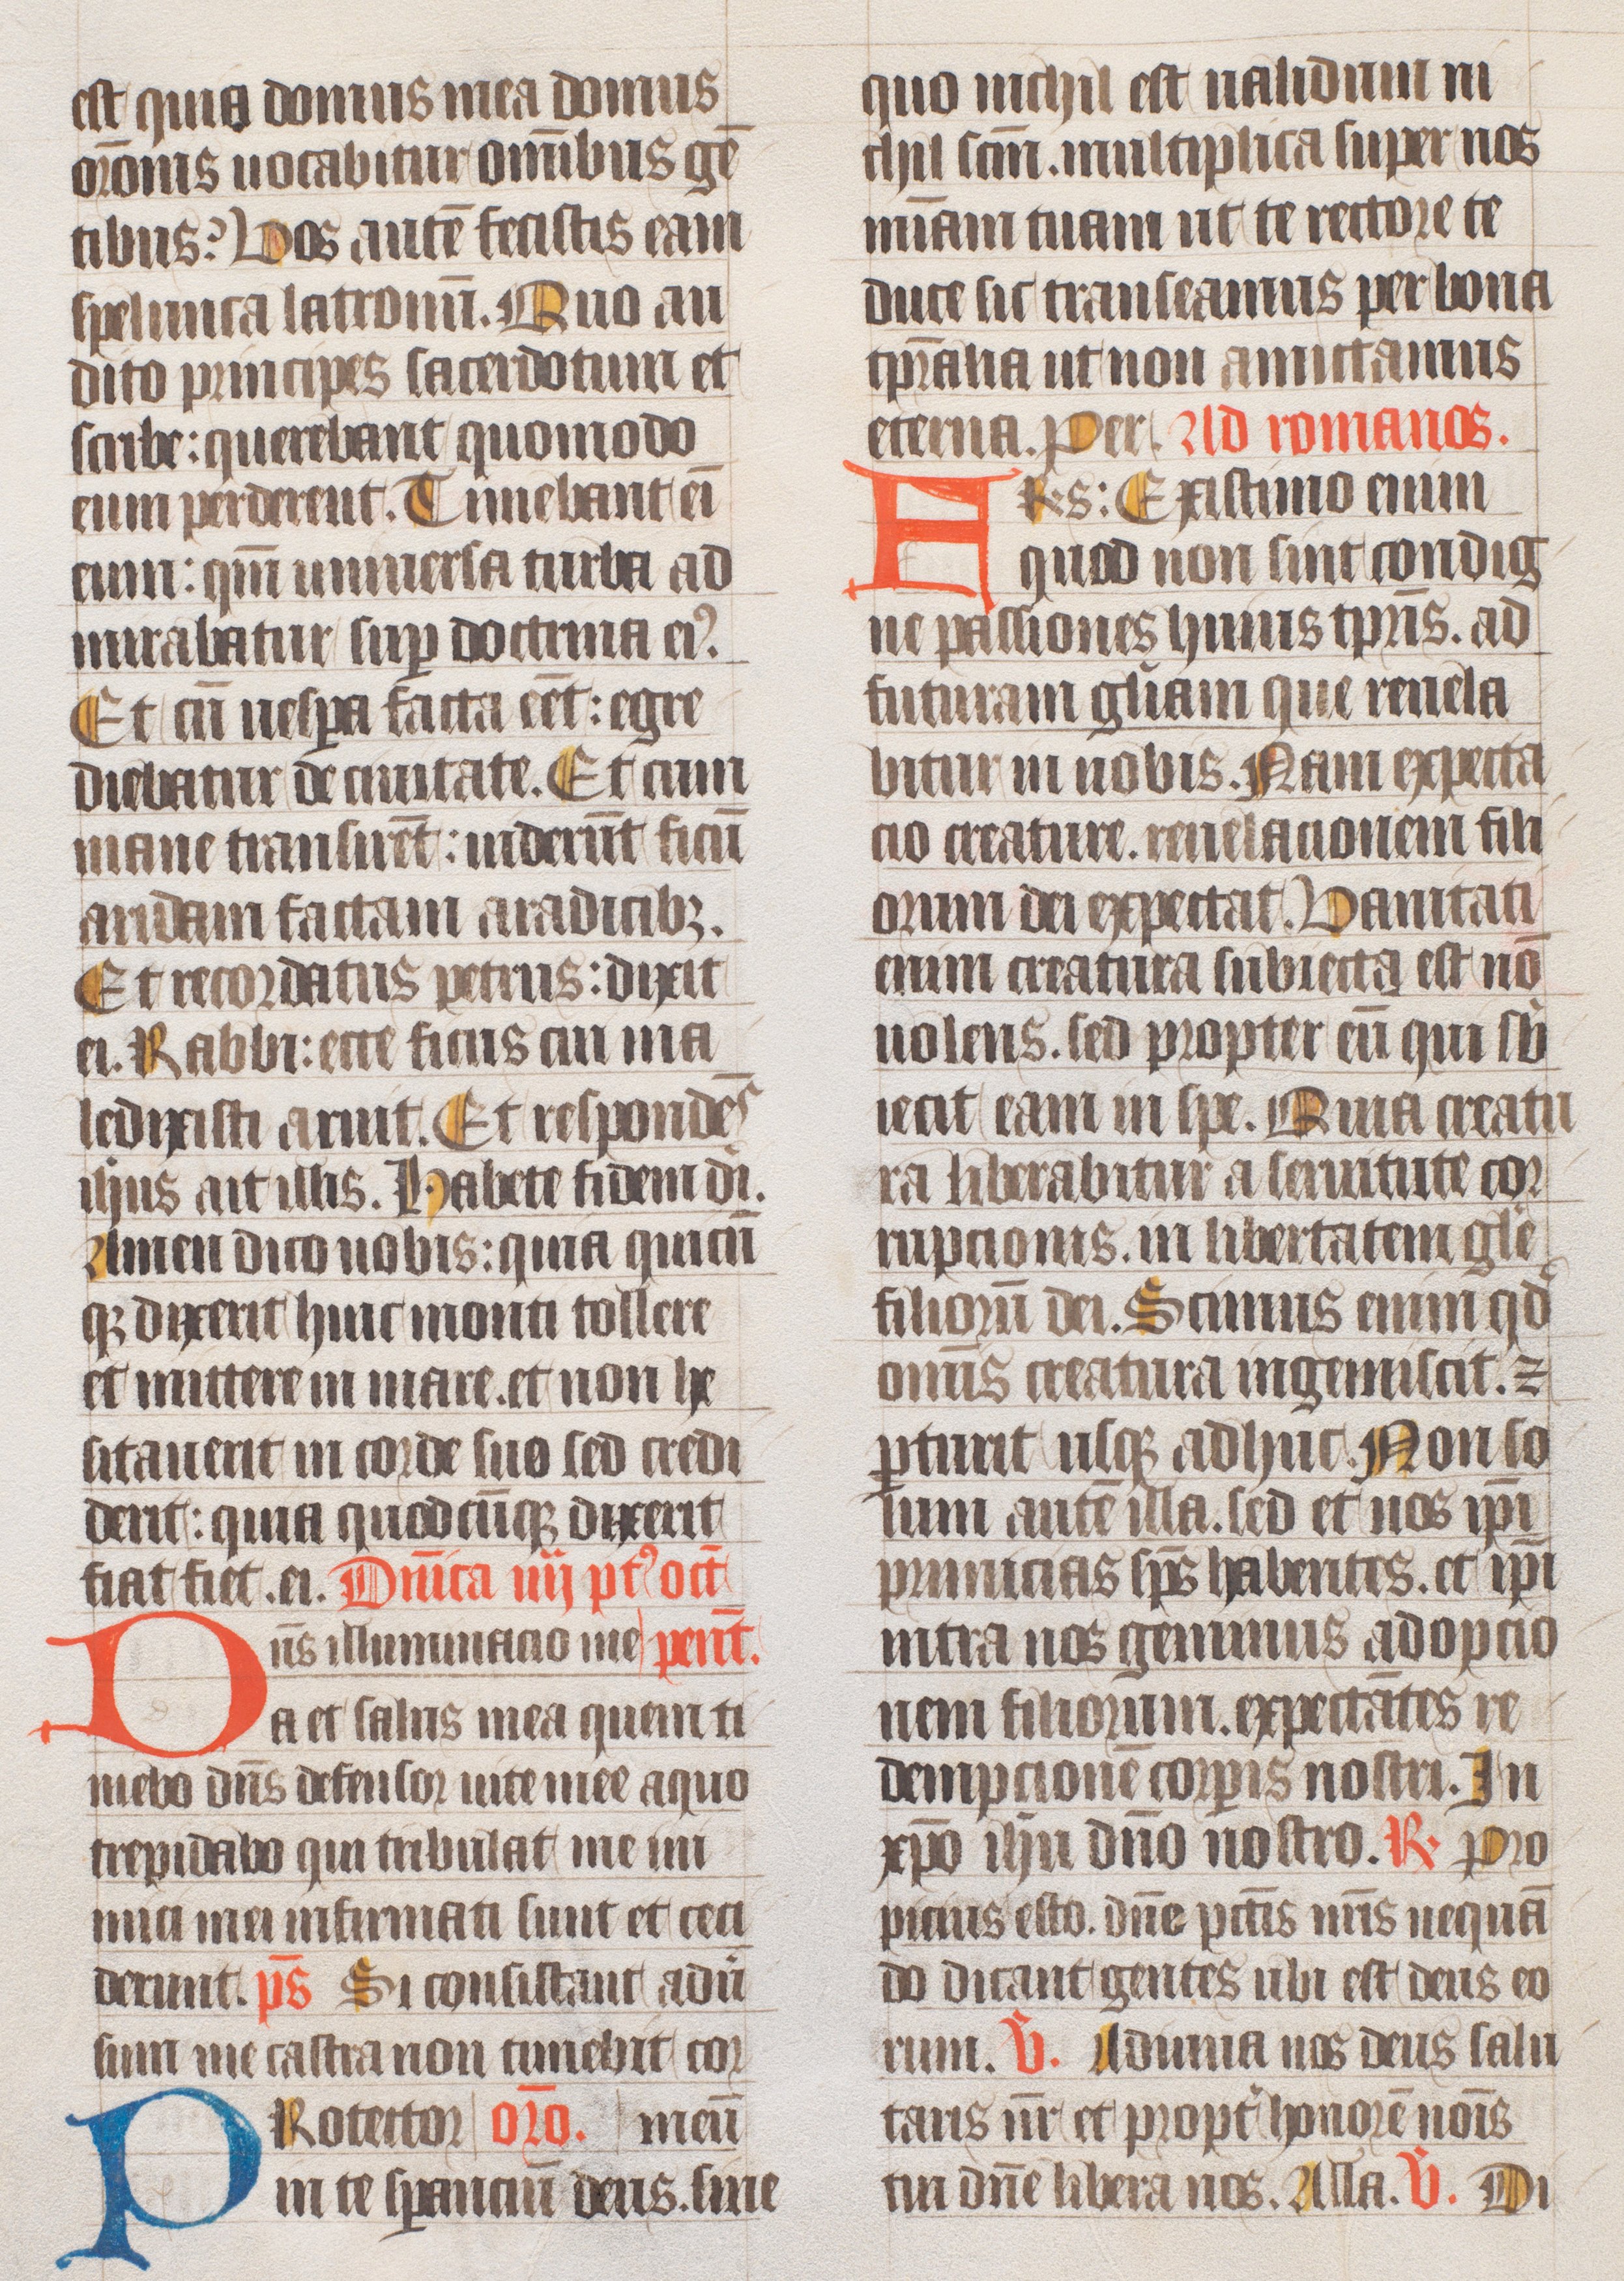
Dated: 1400–1499